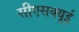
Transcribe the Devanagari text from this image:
सीएसक्यूई